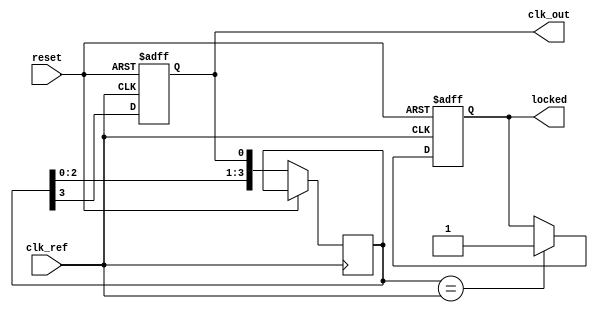
module MemoryBlocksDLL (
    input wire clk_ref,               // Reference clock input
    input wire reset,                 // Asynchronous reset
    output reg clk_out,               // Output clock
    output reg locked                 // Indicates if locked
);

// Parameters
parameter NUM_BLOCKS = 4;            // Number of memory blocks
parameter DELAY_COUNT = 3;            // Maximum delay setting

// Phase Detector
reg [1:0] phase_error;                // 00 = aligned, 01 = out of phase, 10 = ahead
reg [NUM_BLOCKS-1:0] delay_settings;  // Delay settings for memory blocks

// Delay Line (Memory Blocks)
reg [NUM_BLOCKS-1:0] memory_blocks[DELAY_COUNT-1:0]; // Memory blocks
reg [NUM_BLOCKS-1:0] delayed_clk;     // Delayed clock signal

// Control Circuit
reg [3:0] adjustment;                  // Adjustment signal for control circuit

// Feedback loop logic
always @(posedge clk_ref or posedge reset) begin
    if (reset) begin
        clk_out <= 0;
        locked <= 0;
        delay_settings <= 0;
    end else begin
        // Shift the delayed clock signal
        delayed_clk <= {delayed_clk[NUM_BLOCKS-2:0], clk_out};
        
        // Phase Detector Logic
        if (delayed_clk == clk_ref) begin
            phase_error <= 2'b00; // Aligned
            locked <= 1;          // Locked condition
        end else if (delayed_clk < clk_ref) begin
            phase_error <= 2'b01; // Lagging
            // Increment delay setting
            if (adjustment < DELAY_COUNT) begin
                adjustment <= adjustment + 1;
                delay_settings <= delay_settings + 1'b1;
            end
        end else begin
            phase_error <= 2'b10; // Leading
            // Decrement delay setting
            if (adjustment > 0) begin
                adjustment <= adjustment - 1;
                delay_settings <= delay_settings - 1'b1;
            end
        end
        
        // Output Clock Generation
        // Here we would implement the actual clock generation logic based on delay settings
        clk_out <= delayed_clk[NUM_BLOCKS-1]; // For simplicity, just connecting the last memory block
    end
end

// Additional logic for Output Buffer (if needed)
// This can be implemented as required for drive strength and signal integrity

endmodule